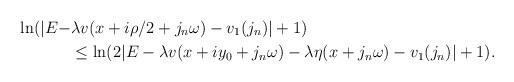
LaTeX: \begin{align*}\ln(|E - &\lambda v(x + i\rho/2 + j_n\omega) - v_1(j_n)| + 1) \\&\leq \ln(2|E - \lambda v(x + iy_0 + j_n\omega) - \lambda \eta(x + j_n\omega) - v_1(j_n)| + 1) .\end{align*}